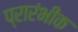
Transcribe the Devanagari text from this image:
प्रारंभीक